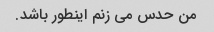
من حدس می زنم اینطور باشد.